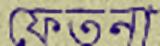
ফেতনা